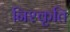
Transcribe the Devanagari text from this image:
निश्कृति